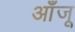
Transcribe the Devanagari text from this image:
आँजू